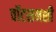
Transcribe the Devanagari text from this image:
वॉटसनशी